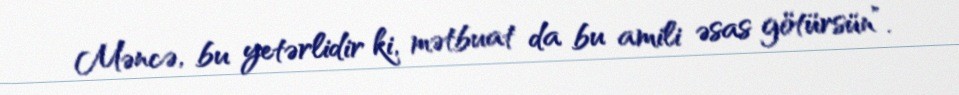
Məncə, bu yetərlidir ki, mətbuat da bu amili əsas götürsün”.